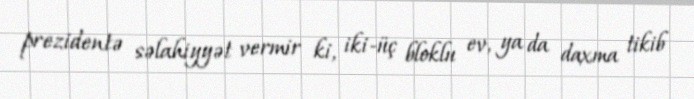
prezidentə səlahiyyət vermir ki, iki-üç bloklu ev, ya da daxma tikib